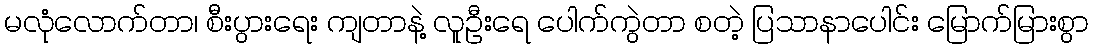
မလုံလောက်တာ၊ စီးပွားရေး ကျတာနဲ့ လူဦးရေ ပေါက်ကွဲတာ စတဲ့ ပြသာနာပေါင်း မြောက်မြားစွာ